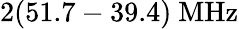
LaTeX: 2(51.7-39.4)~\mathrm{MHz}